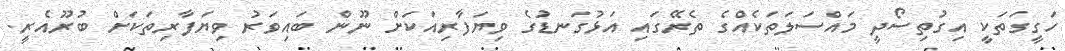
ހަގީގަތަކީ އިގުތިސޯދީ މައްސަލަތަކެއްގެ ތެރޭގައި އަޅުގަނޑުގެ ވިޔަފާރިއަކަށް ނޫން ބައިވަރު ވިޔަފާރިތަކަށް ބުރޫއެރީ.